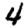
Digit: 4